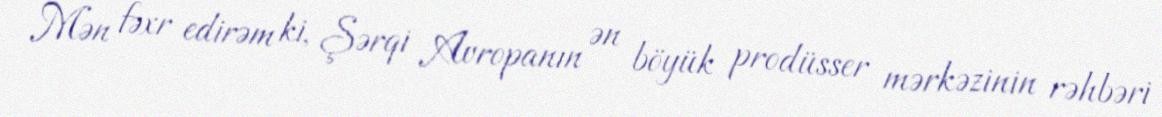
Mən fəxr edirəm ki, Şərqi Avropanın ən böyük prodüsser mərkəzinin rəhbəri